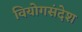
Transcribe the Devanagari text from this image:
वियोगसंदेश